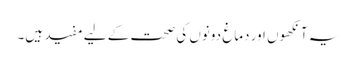
یہ آنکھوں اور دماغ دونوں کی صحت کے لیے مفید ہیں۔